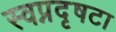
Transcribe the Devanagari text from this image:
स्वप्नदृषटा